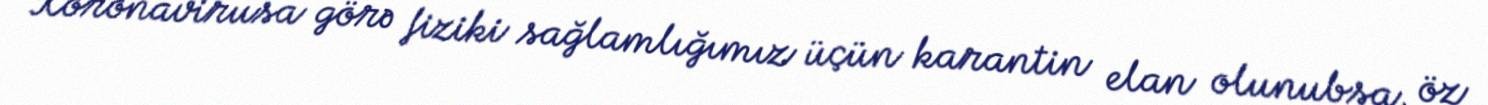
Koronavirusa görə fiziki sağlamlığımız üçün karantin elan olunubsa, öz